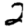
Digit: 2